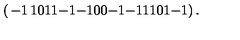
\left( \begin{matrix} { - 1 } & { 1 } & { 0 } & { 1 } \\ { 1 } & { - 1 } & { - 1 } & { 0 } \\ { 0 } & { - 1 } & { - 1 } & { 1 } \\ { 1 } & { 0 } & { 1 } & { - 1 } \\ \end{matrix} \right) .